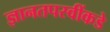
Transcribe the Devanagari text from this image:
ज्ञानतपस्वींकडे